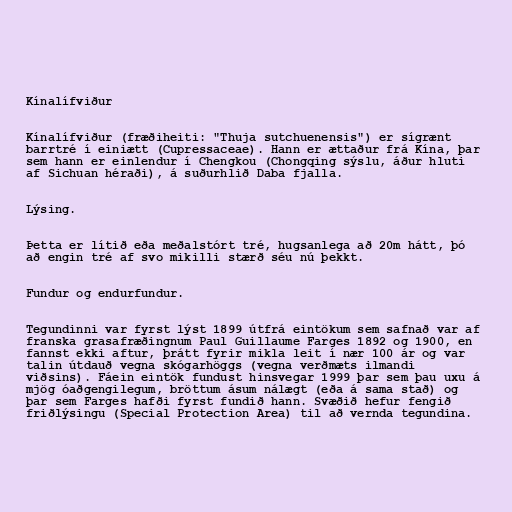
Kínalífviður

Kínalífviður (fræðiheiti: "Thuja sutchuenensis") er sígrænt
barrtré í einiætt (Cupressaceae). Hann er ættaður frá Kína, þar
sem hann er einlendur í Chengkou (Chongqing sýslu, áður hluti
af Sichuan héraði), á suðurhlið Daba fjalla.

Lýsing.

Þetta er lítið eða meðalstórt tré, hugsanlega að 20m hátt, þó
að engin tré af svo mikilli stærð séu nú þekkt.

Fundur og endurfundur.

Tegundinni var fyrst lýst 1899 útfrá eintökum sem safnað var af
franska grasafræðingnum Paul Guillaume Farges 1892 og 1900, en
fannst ekki aftur, þrátt fyrir mikla leit í nær 100 ár og var
talin útdauð vegna skógarhöggs (vegna verðmæts ilmandi
viðsins). Fáein eintök fundust hinsvegar 1999 þar sem þau uxu á
mjög óaðgengilegum, bröttum ásum nálægt (eða á sama stað) og
þar sem Farges hafði fyrst fundið hann. Svæðið hefur fengið
friðlýsingu (Special Protection Area) til að vernda tegundina.